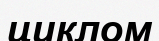
циклом